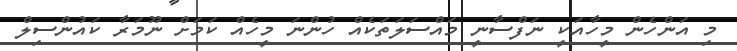
މި އަންހެން މީހާއަކީ ނަފްސާނީ މައްސަލަތަކެއް ހުންނަ މީހެއް ކަމަށް ނޫމަރާ ކައުންސިލް